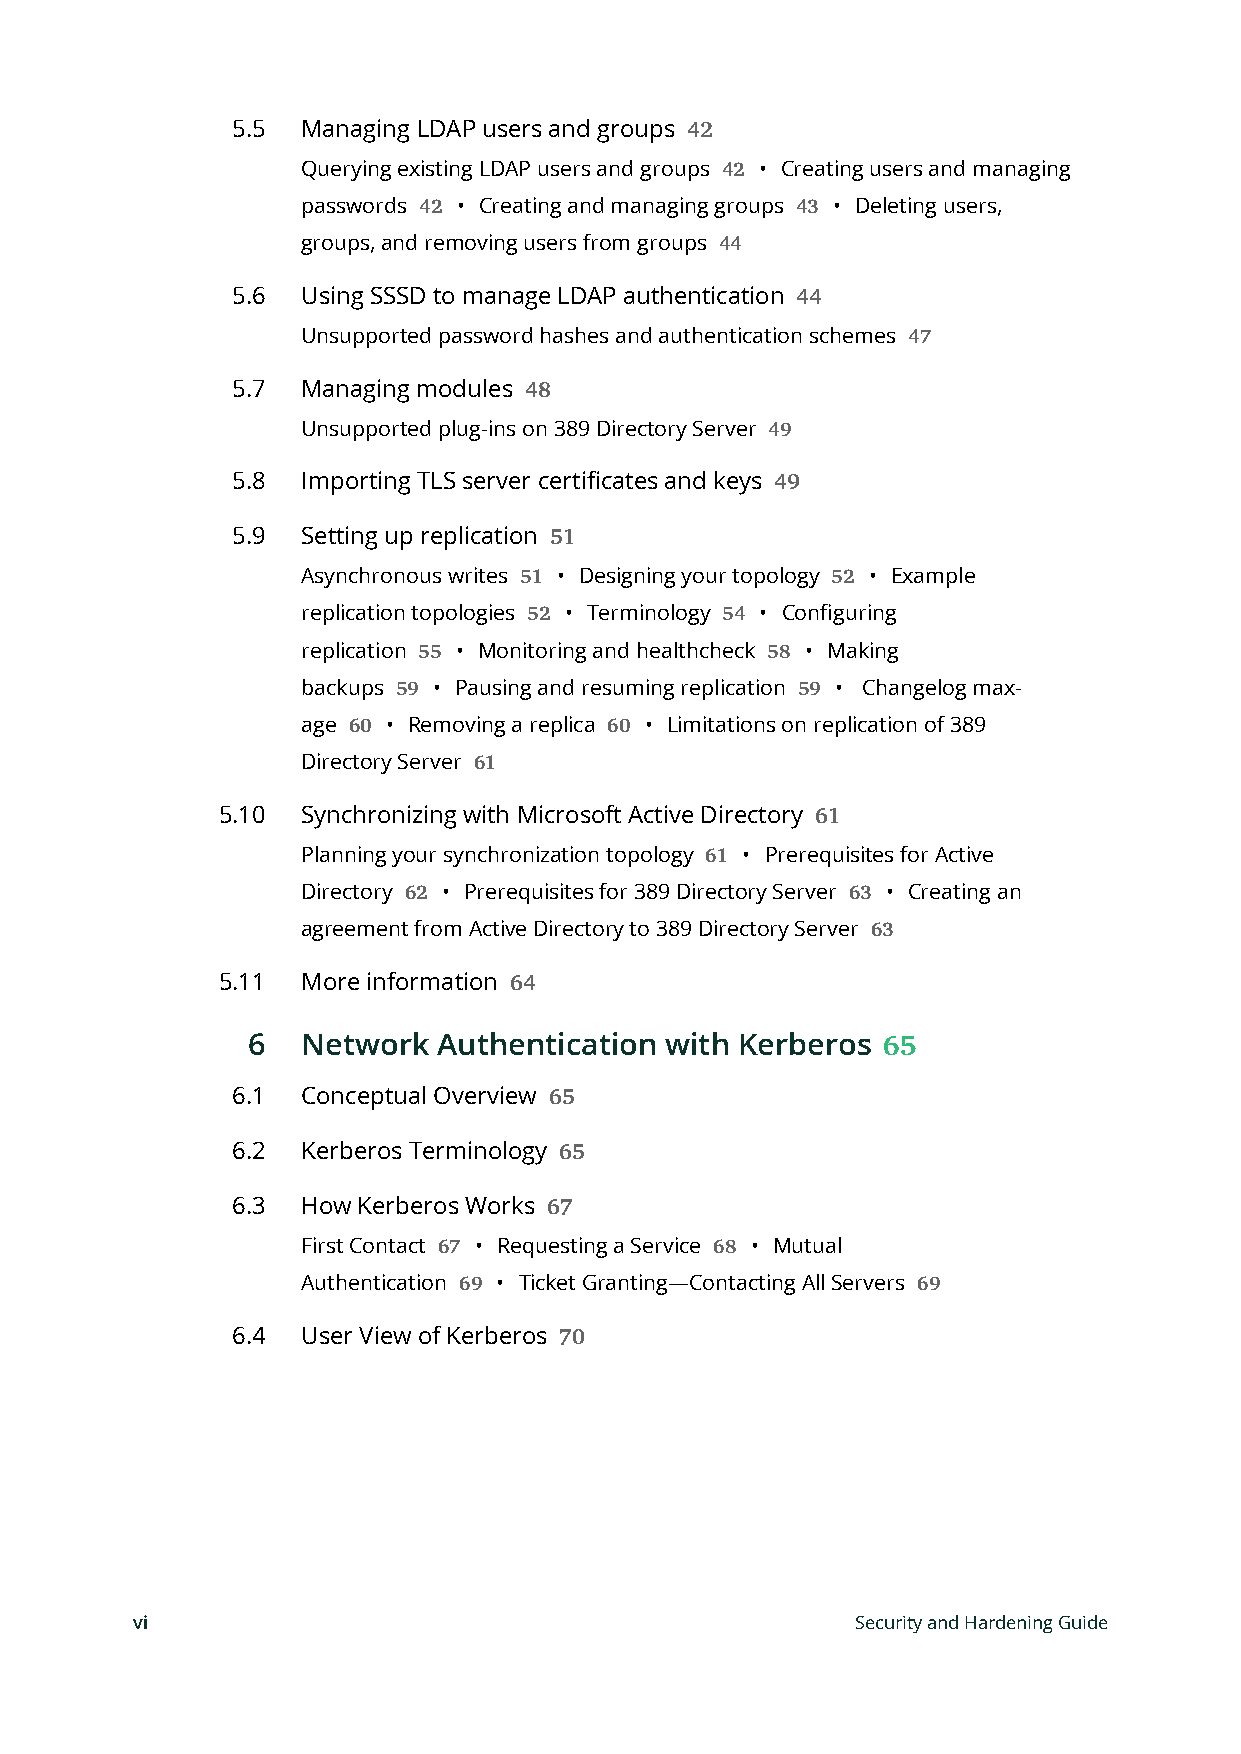
5.5  Managing LDAP users and groups
 42
 Querying existing LDAP users and groups • Creating users and managing
 42
 passwords • Creating and managing groups • Deleting users,
 42                       43
 groups, and removing users from groups
 44
 5.6  Using SSSD to manage LDAP authentication
 44
 Unsupported password hashes and authentication schemes
 47
 5.7  Managing modules
 48
 Unsupported plug-ins on 389 Directory Server
 49
 5.8  Importing TLS server certificates and keys
 49
 5.9  Setting up replication
 51
 Asynchronous writes • Designing your topology • Example
 51                   52
 replication topologies • Terminology • Configuring
 52           54
 replication • Monitoring and healthcheck • Making
 55                     58
 backups  • Pausing and resuming replication • Changelog max-
 59                         59
 age   • Removing a replica • Limitations on replication of 389
 60               60
 Directory Server
 61
 5.10  Synchronizing with Microsoft Active Directory
 61
 Planning your synchronization topology • Prerequisites for Active
 61
 Directory • Prerequisites for 389 Directory Server • Creating an
 62                           63
 agreement from Active Directory to 389 Directory Server
 63
 5.11  More information
 64
 6   Network  Authentication with Kerberos
 65
 6.1  Conceptual Overview
 65
 6.2  Kerberos Terminology
 65
 6.3  How Kerberos Works
 67
 First Contact • Requesting a Service • Mutual
 67                68
 Authentication • Ticket Granting—Contacting All Servers
 69                             69
 6.4  User View of Kerberos
 70
 vi                                              Security and Hardening Guide